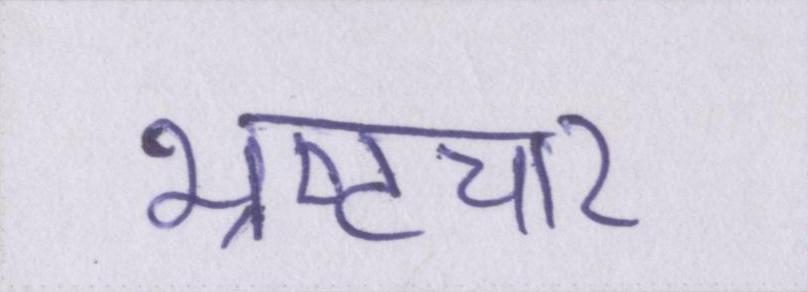
भ्रष्टचार